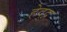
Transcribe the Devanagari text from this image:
हेद्द्न